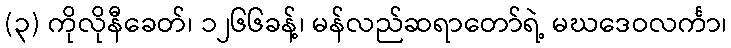
(၃) ကိုလိုနီခေတ်၊ ၁၂၆၆ခန့်၊ မန်လည်ဆရာတော်ရဲ့ မဃဒေဝလင်္ကာ၊